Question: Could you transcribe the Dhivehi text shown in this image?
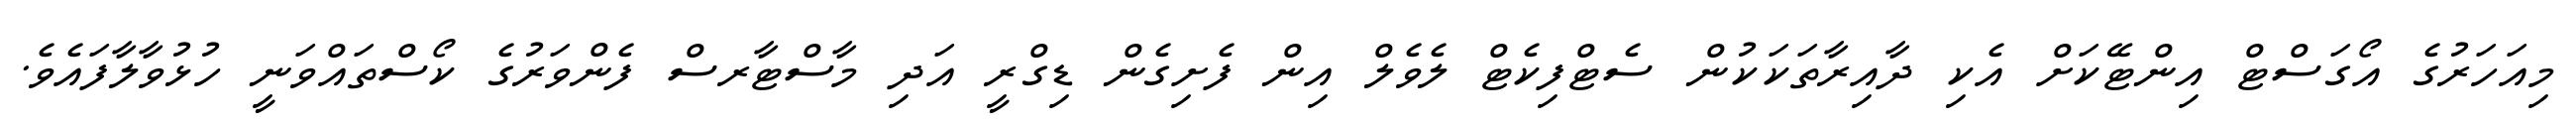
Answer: މިއަހަރުގެ އޯގަސްޓް އިންޓޭކަށް އެކި ދާއިރާތަކަކުން ސެޓްފިކެޓް ލެވެލް އިން ފެށިގެން ޑިގްރީ އަދި މާސްޓާރސް ފެންވަރުގެ ކޯސްތައްވަނީ ހުޅުވާލާފައެވެ.